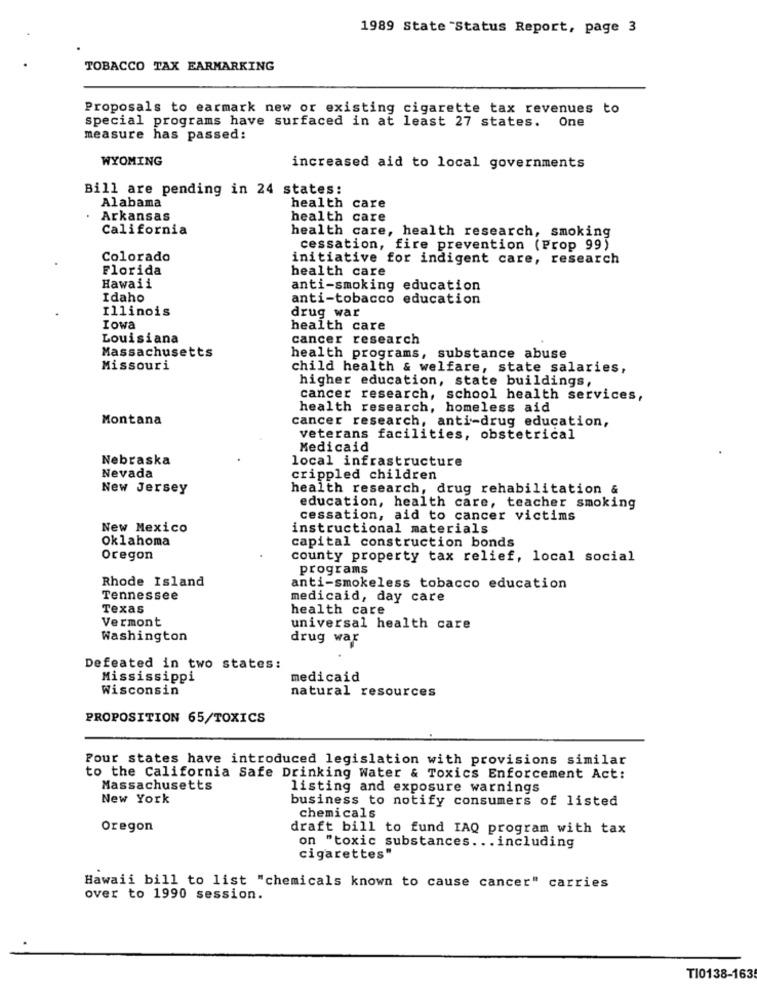
1989 State Status Report, page 3
TOBACCO TAX EARMARKING
Proposals to earmark new or existing cigarette tax revenues to
special programs have surfaced in at least 27 states. One
measure has passed:
WYOMING
increased aid to local governments
Bill are pending in 24 states:
Alabama
health care
Arkansas
health care
California
health care, health research, smoking
cessation, fire prevention (Prop 99)
Colorado
initiative for indigent care, research
Florida
health care
Hawaii
anti-smoking education
Idaho
anti-tobacco education
Illinois
drug war
Iowa
health care
Louisiana
cancer research
Massachusetts
health programs, substance abuse
Missouri
child health & welfare, state salaries,
higher education, state buildings,
cancer research, school health services,
health research, homeless aid
Montana
cancer research, anti-drug education,
veterans facilities, obstetrical
Medicaid
Nebraska
local infrastructure
Nevada
crippled children
New Jersey
health research, drug rehabilitation &
education, health care, teacher smoking
cessation, aid to cancer victims
New Mexico
instructional materials
Oklahoma
capital construction bonds
Oregon
county property tax relief, local social
programs
Rhode Island
anti-smokeless tobacco education
Tennessee
medicaid, day care
Texas
health care
Vermont
universal health care
Washington
drug war
Defeated in two states:
Mississippi
medicaid
Wisconsin
natural resources
PROPOSITION 65/TOXICS
Pour states have introduced legislation with provisions similar
to the California Safe Drinking Water & Toxics Enforcement Act:
Massachusetts
listing and exposure warnings
New York
business to notify consumers of listed
chemicals
Oregon
draft bill to fund IAQ program with tax
on "toxic substances ... including
cigarettes"
Hawaii bill to list "chemicals known to cause cancer" carries
over to 1990 session.
T10138-163